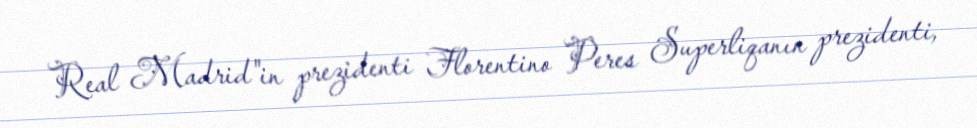
Real Madrid"in prezidenti Florentino Peres Superliqanın prezidenti,